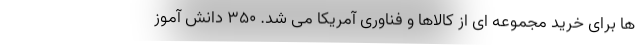
ها برای خرید مجموعه ای از کالاها و فناوری آمریکا می شد. ۳۵۰ دانش آموز